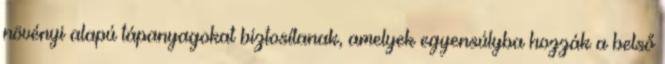
növényi alapú tápanyagokat biztosítanak, amelyek egyensúlyba hozzák a belső